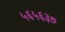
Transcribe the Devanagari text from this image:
५६५६३७